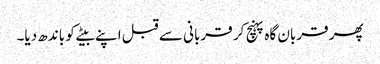
پھر قربان گاہ پہنچ کر قربانی سے قبل اپنے بیٹے کو باندھ دیا۔